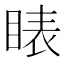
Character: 䁃